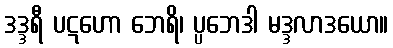
ဒဒ္ဒရီ ပဋဟော ဘေရိ၊ ပ္ပဘေဒါ မဒ္ဒလာဒယော။